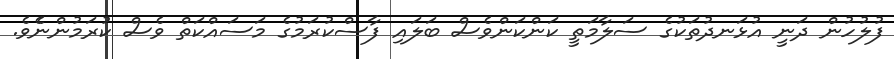
ފުލުހުން ދަނީ އުޅަނދުތަކުގެ ސަލާމަތީ ކަންކަންވެސް ބަލައި ފާސްކުރަމުގެ މަސައްކަތް ވެސް ކުރަމުންނެެވެ.